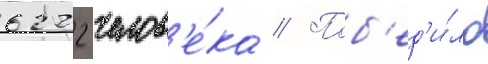
6222 челов'е́ка // Поб'ед'и́ло